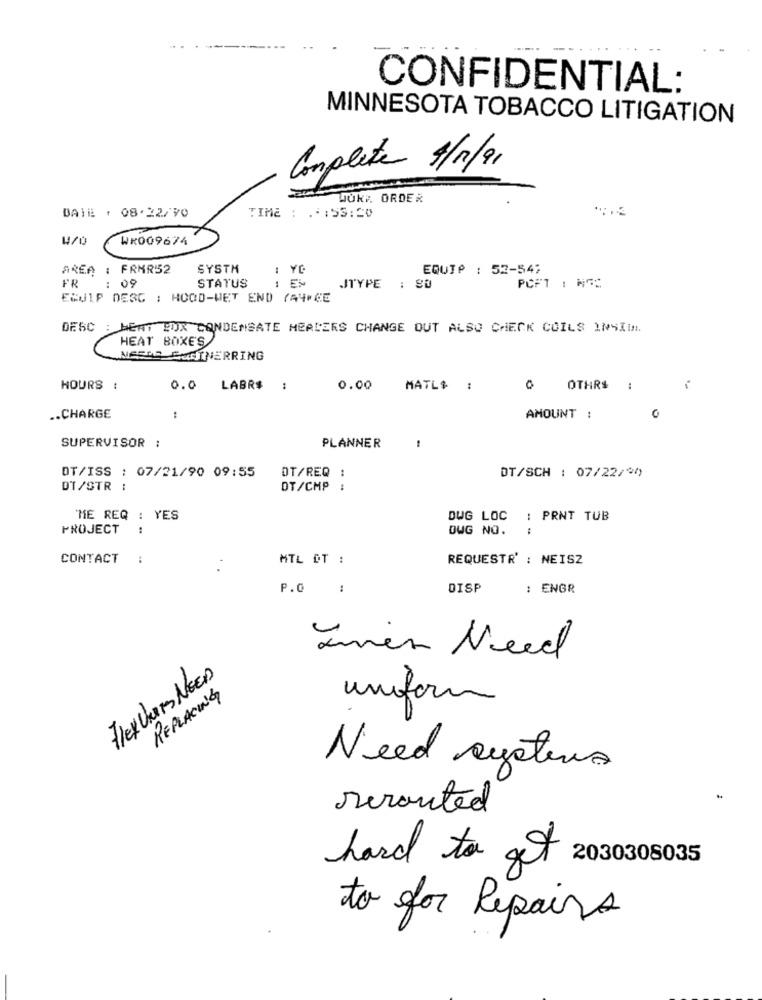
CONFIDENTIAL:
MINNESOTA TOBACCO LITIGATION
Complete 4/1/91
JŮK :. ORDER
DATE . 08.22/70
TIME : .: 53:20
WR009674
AREA : FRMR52
SYSTH
EQUIP : 52-54%
FR
: 09
STATUS
: EM
JTYPE : SO
PCFT : MGC
EQUIP DESC : HOOD-WET END (44+ CE
DESC : HEAT BOX CONDENSATE HEADERS CHANGE OUT ALSO CHECK COILS INSITT
HEAT BOXE'S
MEERE ENGINERRING
HOURS :
0.0 LABR$
0.00
MATL$ :
0 OTHERS :
..
.. CHARGE
AMOUNT :
0
SUPERVISOR :
PLANNER
DT/ISS : 07/21/90 09:55
DT/REQ :
DT/SCH : 07/22/20
DT/STR :
DT/CMP :
ME REQ : YES
DWG LOC : PRNT TUB
PROJECT
..
DWG NO.
CONTACT :
MTL DT :
REQUESTR' : NEISZ
. .
P.O
DISP
ENGR
Jmen Need
FLEXChers NEED
REPLACING
uniform
Need systems
rerouted
hard to get
2030308035
to for Repairs